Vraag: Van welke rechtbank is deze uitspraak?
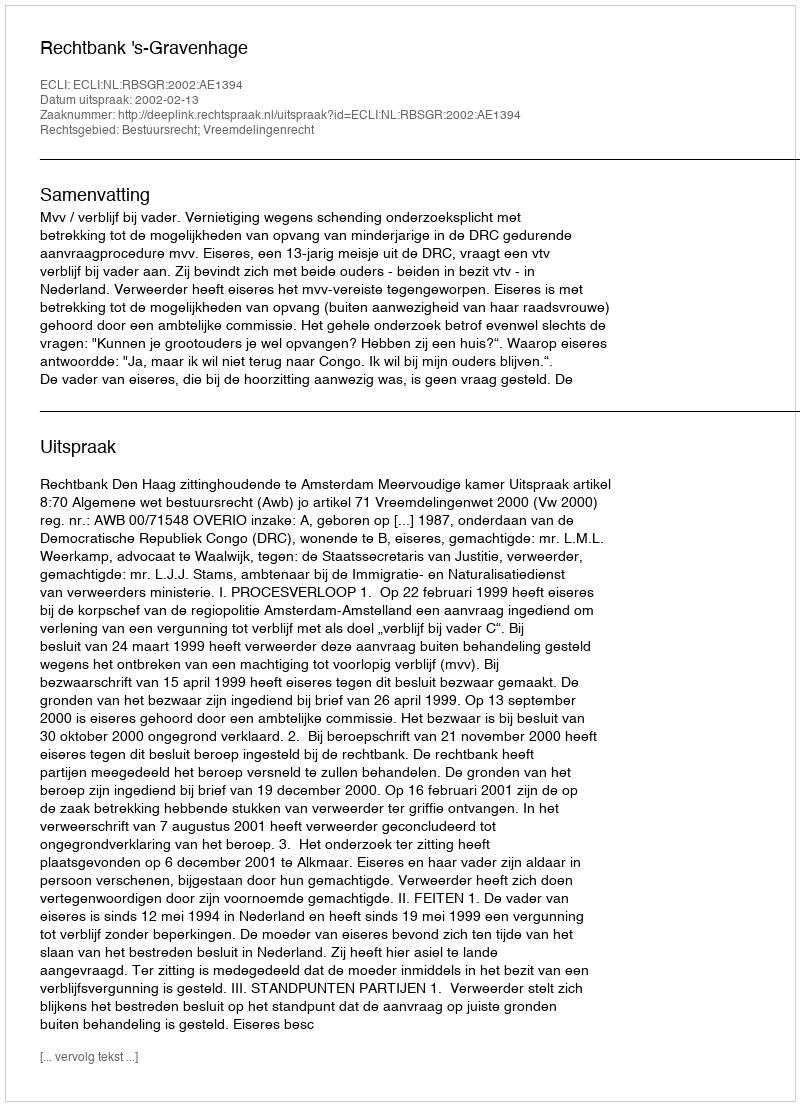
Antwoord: Rechtbank 's-Gravenhage